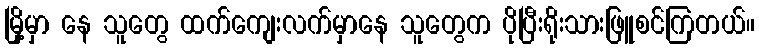
မြို့မှာ နေ သူတွေ ထက်ကျေးလက်မှာနေ သူတွေက ပိုပြီးရိုးသားဖြူစင်ကြတယ်။